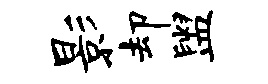
影却盥